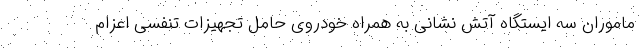
ماموران سه ایستگاه آتش نشانی به همراه خودروی حامل تجهیزات تنفسی اعزام